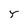
Character: Y